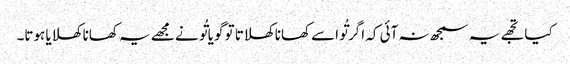
کیا تجھے یہ سمجھ نہ آئی کہ اگر تُو اسے کھانا کھلاتا تو گویا تُو نے مجھے یہ کھانا کھلایا ہوتا۔